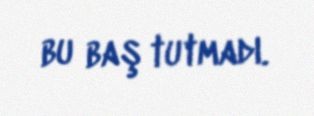
bu baş tutmadı.